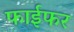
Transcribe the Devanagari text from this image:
फाईफर